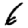
Digit: 6